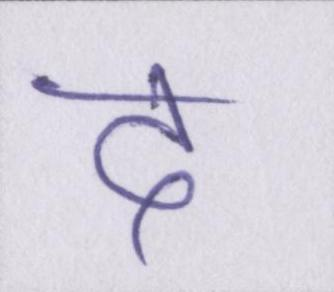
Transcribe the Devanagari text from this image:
द